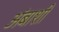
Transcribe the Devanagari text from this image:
अंबाशी